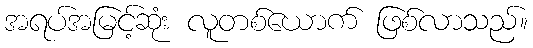
အရပ်အမြင့်ဆုံး လူတစ်ယောက် ဖြစ်လာသည်။